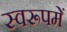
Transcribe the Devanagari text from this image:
स्वरूपमें